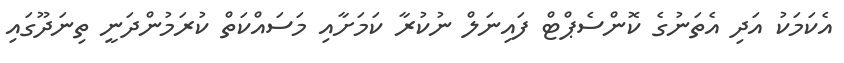
އެކަމަކު އަދި އެތަނުގެ ކޮންސެޕްޓް ފައިނަލް ނުކުރާ ކަމަށާއި މަސައްކަތް ކުރަމުންދަނީ ތިނަދޫގައި